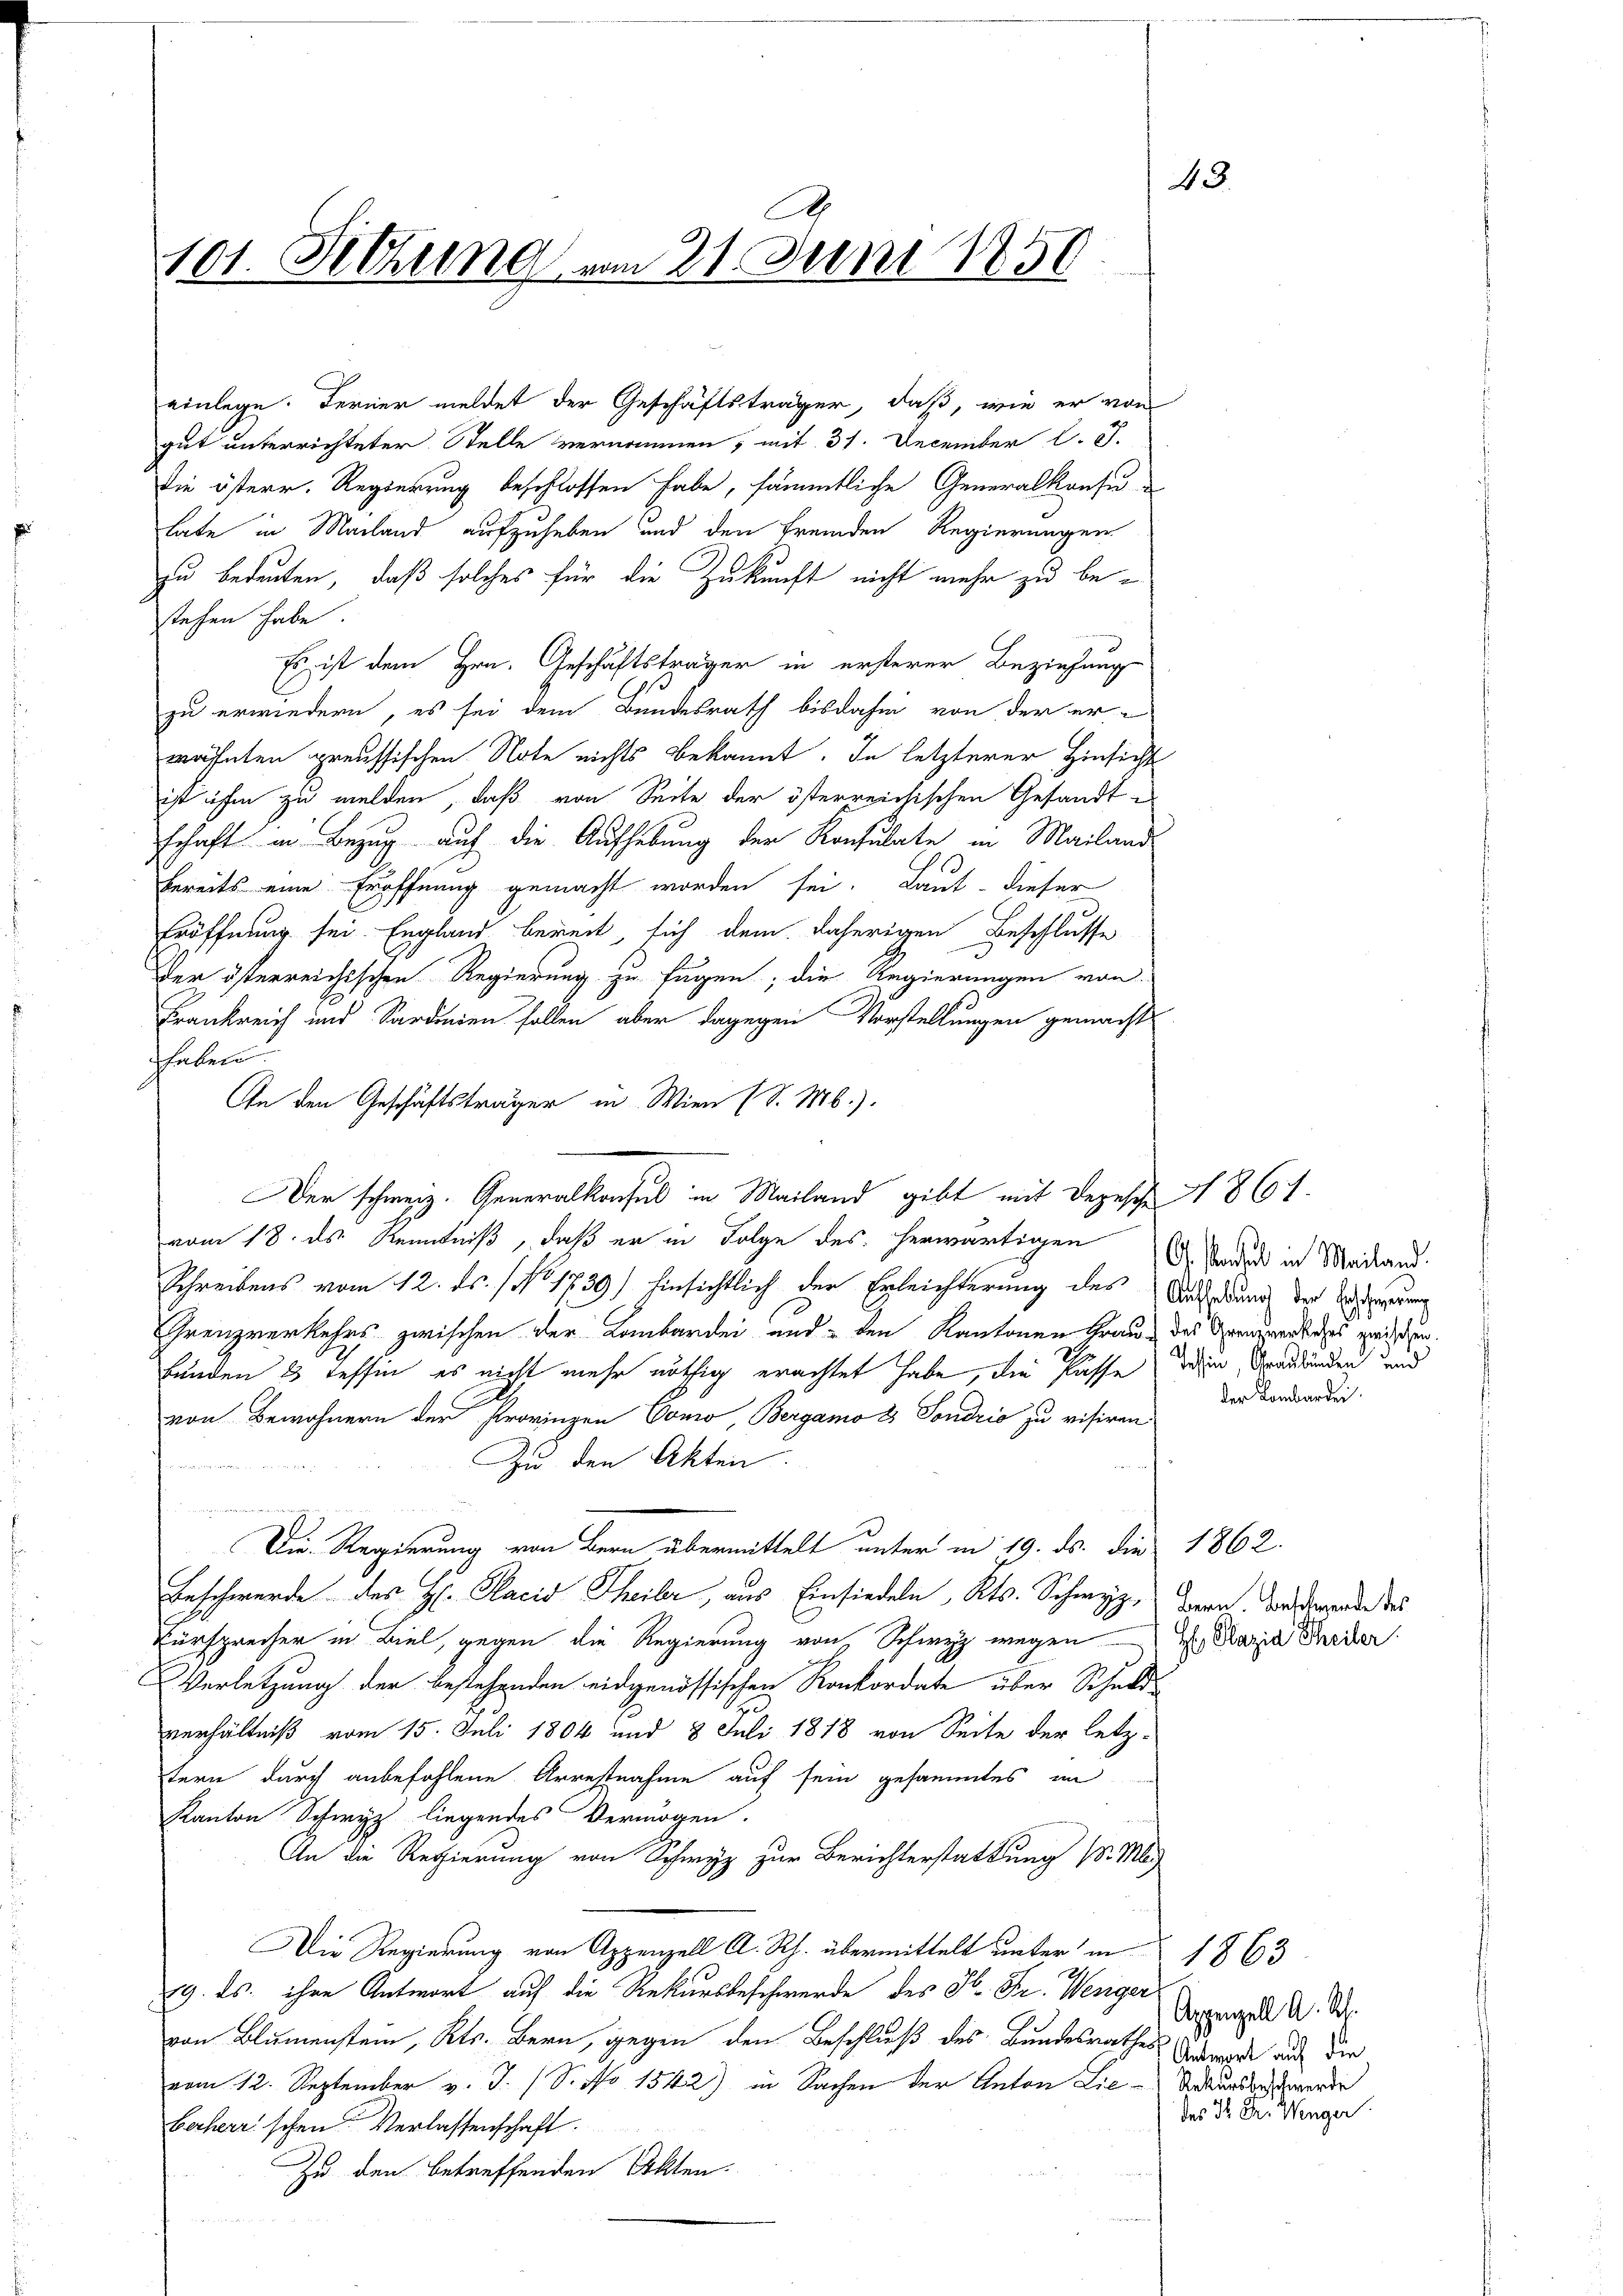
101. Rettung vom 21. Juni 1856

gut unterrichteter Stelle vernommen, mit 31. December l. J.
die österr. Regierung beschlossen habe, sämmtliche Generalkonsu
tate in Mailand aufzuheben und den fremden Regierungen
zu bedeuten, daß solches für die Zukunft nicht mehr zu bestehen habe.
Es ist dem Hrn. Geschäftsträger in ersterer Beziehung
zu erwiedern, es sei dem Bundesrath bisdahin von der er-
wähnten preussischen Note nichts bekannt. In letzterer Hinsicht
ist ihm zu melden, daß von Seite der österreichischen Gesandt-
schaft in Bezug auf die Aufhebung der Konsulate in Mailand
bereits eine Eröffnung gemacht worden sei. Laut dieser
Eröffnung sei England bereit, sich dem daherigen Beschlusse
Der österreichischen Regierung zu fügen; die Regierungen von
Frankreich und Sardinien sollen, aber dagegen Vorstellungen gemacht
haben.
In den Geschäftsträger in Wien (S. M.).
Der schweiz. Generalkonsul in Mailand gibt mit Depesche 1861.
vom 18. ds Kenntniß, daß er in Folge des herwärtigen oder in Mailand.
Schreibens vom 12. ds. / No. 1739) hinsichtlich der Erleichterung des Sedung der Ansehung
Grenzverkehrs zwischen der Lombardei und den Kantonen Graue des Verwerkes zwischen.
kunden 2 Tessin, es nicht mehr nöthig erachtet habe, die Pässe dein Graubünden und
von Bewohnern der Provinzen Como, Bergamo 2 Sondrio zu visiren.
Zu den Akten.

Die Regierung von Bern übermittelt unter in 19. ds. die 1862.
Beschwerde des H. Placid Theiber, aus Einsiedeln, Kts. Schwyz, den der derende des
Vürsprecher in Biel, gegen die Regierung von Schwyz wegen 4. Maria Garder
Verletzung der bestehenden eidgenössischen Konkordate über Schuldverhältniß vom 15. Juli 1804 und 8 Juli 1818 von Seite der letz-
tern durch anbefohlene Arrestrafen auf sein gesammtes im
Kanton Schwyz liegendes Vermögen.
An die Regierung von Schwyz zur Berichterstattung (d. M
Die Regierung von Appenzell A. Rh. übermittelt unter in 1863
19. ds. ihre Antwort auf die Rekursbeschwerde des H. Fr. Weniger
von Blumenstein, Kts. Bern, gegen den Beschluß des Bundesrathes Bierde auf der
vom 12. September v. J. (S. No 1542) in Sachen der Anton Lie-Sekunden werde
Beherrischen Verlassenschaft.
Zu den betreffenden Akten.

einlege. Ferner meldet der Geschäftsträger, daß, wie er von

4

der Lombardei

Appenzell A. Rh.
des Sr. Dr. Wenger